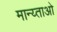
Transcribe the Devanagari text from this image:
मान्य्ताओ